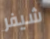
شيفر